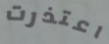
اعتذرت